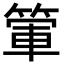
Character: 𥰃